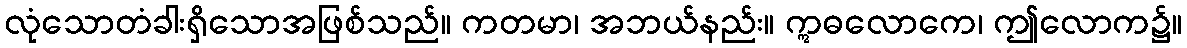
လုံသောတံခါးရှိသောအဖြစ်သည်။ ကတမာ၊ အဘယ်နည်း။ ဣဓလောကေ၊ ဤလောက၌။